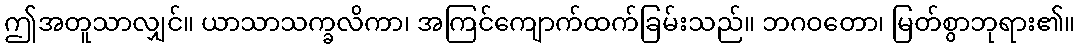
ဤအတူသာလျှင်။ ယာသာသက္ခလိကာ၊ အကြင်ကျောက်ထက်ခြမ်းသည်။ ဘဂဝတော၊ မြတ်စွာဘုရား၏။